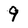
Character: 9